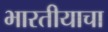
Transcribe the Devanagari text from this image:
भारतीयाचा